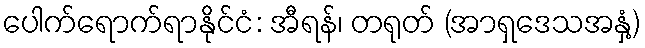
ပေါက်ရောက်ရာနိုင်ငံ: အီရန်၊ တရုတ် (အာရှဒေသအနှံ့)